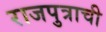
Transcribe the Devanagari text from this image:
राजपुत्राची